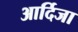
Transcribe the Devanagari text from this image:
आर्दिजा